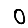
Digit: 0